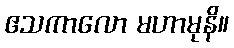
ဧသကာလော မဟာမုနိ။